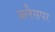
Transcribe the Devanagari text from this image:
क्लैसपर